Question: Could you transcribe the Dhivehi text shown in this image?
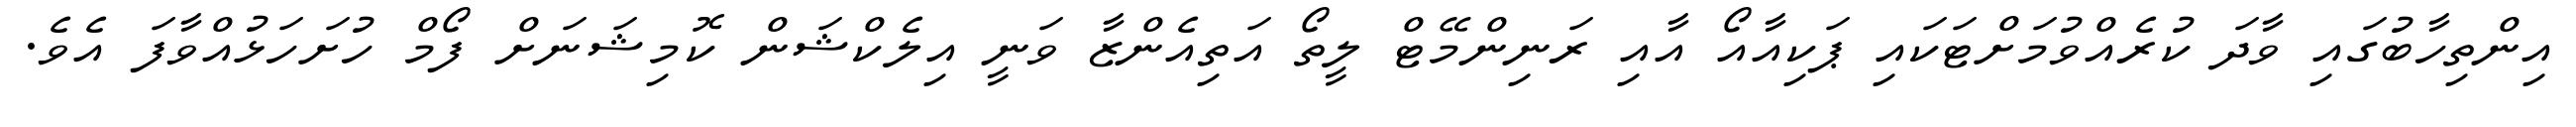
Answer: އިންތިހާބުގައި ވާދަ ކުރެއްވުމަށްޓަކައި ޕަކިއާއޯ އާއި ރަނިންމޭޓް ލީތޯ އަތިއެންޒާ ވަނީ އިލެކްޝަން ކޮމިޝަނަށް ފޯމް ހުށަހަޅުއްވާފަ އެވެ.